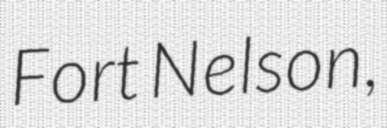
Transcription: Fort Nelson,